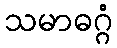
သမာဓဂ္ဂံ